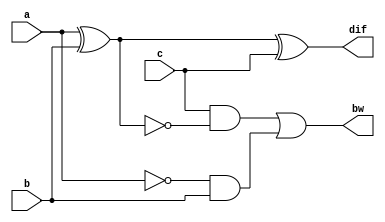
`timescale 1ns / 1ps
module full_sub_dfs(
    input a,b,c,
    output dif,bw
    );
    wire c0;
    assign dif=(a^b)^c;
     xnor xnor_1(c0,a,b);
     assign bw=(c & c0)|(!a & b);
endmodule